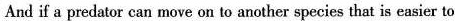
And if u predator can move on to another species that is easier to